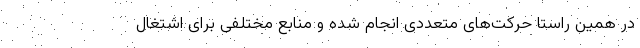
در همین راستا حرکت‌های متعددی انجام شده و منابع مختلفی برای اشتغال